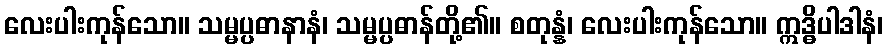
လေးပါးကုန်သော။ သမ္မပ္ပဓာနာနံ၊ သမ္မပ္ပဓာန်တို့၏။ စတုန္နံ၊ လေးပါးကုန်သော။ ဣဒ္ဓိပါဒါနံ၊